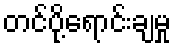
တင်ပို့ရောင်းချမှု